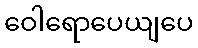
ဝေါရောပေယျပေ